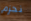
نحزم